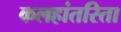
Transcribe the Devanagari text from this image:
कलहांतरिता